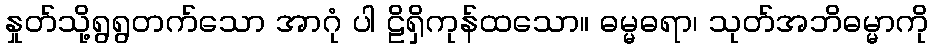
နှုတ်သို့ရွရွတက်သော အာဂုံ ပါ ဠိရှိကုန်ထသော။ ဓမ္မဓရာ၊ သုတ်အဘိဓမ္မာကို